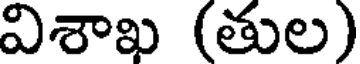
విశాఖ (తుల)